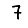
Digit: 7